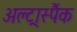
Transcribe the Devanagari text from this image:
अल्ट्रास्पैंक